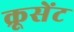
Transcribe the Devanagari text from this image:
क्रूसेंट